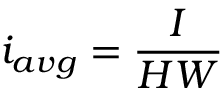
i _ { a v g } = \frac { I } { H W }